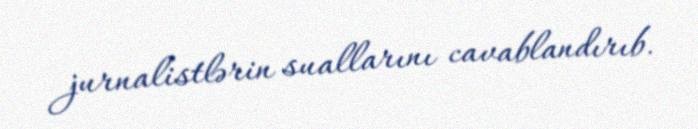
jurnalistlərin suallarını cavablandırıb.